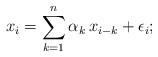
LaTeX: \begin{align*}x_i=\sum_{k=1}^{n} \alpha_k \, x_{i-k}+\epsilon_i;\end{align*}